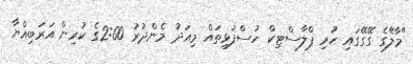
"މާލޭގެ ގޭގޭގައި ހުރި ޕްލާސްޓިކް ހުސްފުޅިތައް މިއަދު މެންދުރު 2:00ގެ ކުރިން އަރަބިއްޔާ